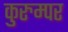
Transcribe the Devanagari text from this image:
कुरुम्पर